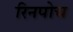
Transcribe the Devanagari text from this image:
रिनपोच